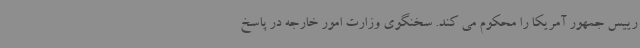
رییس جمهور آمریکا را محکوم می کند. سخنگوی وزارت امور خارجه در پاسخ